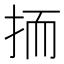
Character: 㧫